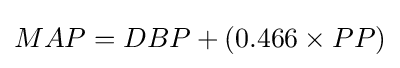
MAP=DBP+(0.466\times PP)